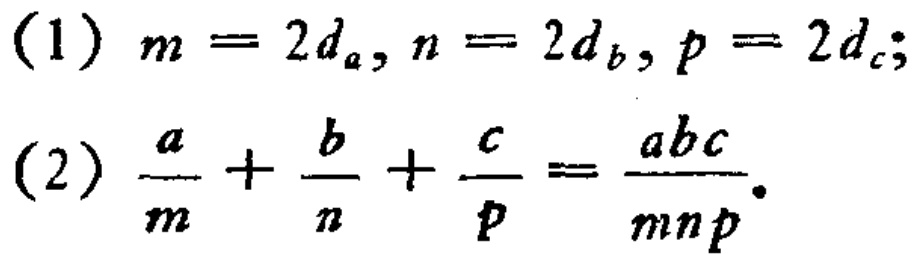
(1) \(m = 2d_{a}, n = 2d_{b}, p = 2d_{c};\)

(2) \(\frac{a}{m}+\frac{b}{n}+\frac{c}{p}=\frac{abc}{mnp}.\)